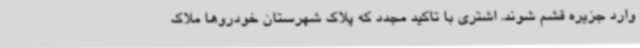
وارد جزیره قشم شوند. اشتری با تاکید مجدد که پلاک شهرستان خودروها ملاک